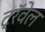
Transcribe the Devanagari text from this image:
ट्रॅवेल